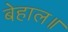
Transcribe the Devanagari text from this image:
बेहाल॥